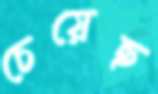
চেয়েছ